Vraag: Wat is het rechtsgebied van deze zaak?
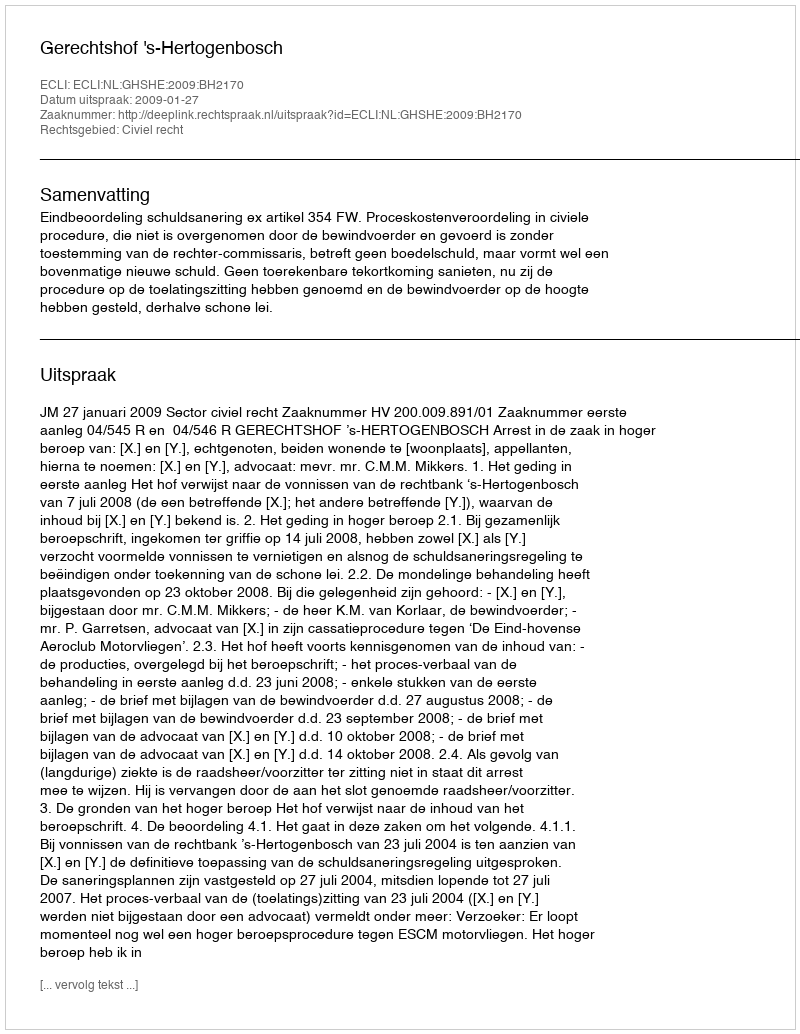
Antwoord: Civiel recht